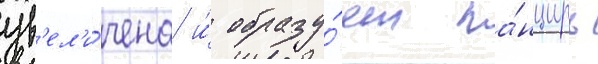
ув'ел'и́чена и́ образу́ет па́нцирь